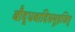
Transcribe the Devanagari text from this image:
बौद्धवादिसमूहजित्